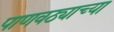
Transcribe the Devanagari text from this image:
पाणवठ्याच्‍या